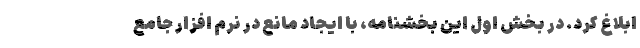
ابلاغ کرد. در بخش اول این بخشنامه، با ایجاد مانع در نرم افزار جامع